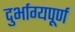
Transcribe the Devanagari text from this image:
दुर्भाग्‍यपूर्ण